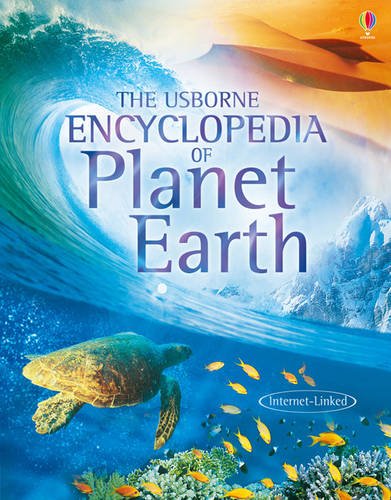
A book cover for Encyclopedia of Planet Earth; Anna Claybourne; Reference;